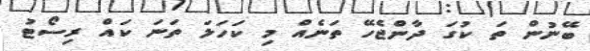
ބޭނުން ތަ ކުގަ ދާންޖެހޭ ތަނެއް މި ކަހަލަ ތަނަ ކައް ރިސޯޓު